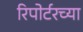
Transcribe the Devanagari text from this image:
रिपोर्टरच्या